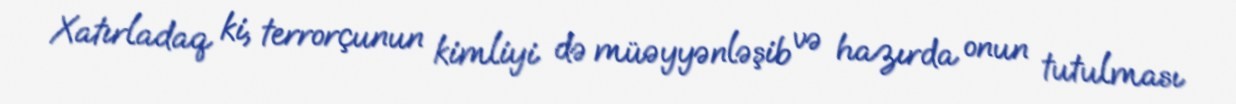
Xatırladaq ki, terrorçunun kimliyi də müəyyənləşib və hazırda onun tutulması